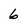
Character: 6